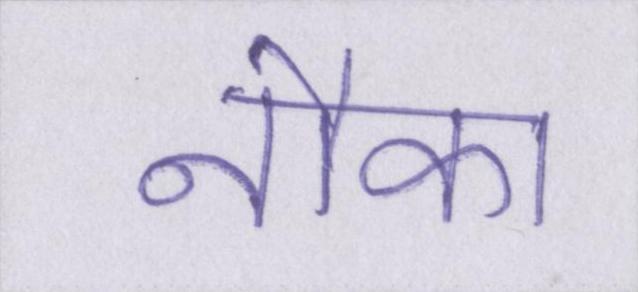
नौका